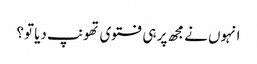
انہوں نے مجھ پر ہی فتوی تھونپ دیا تو؟